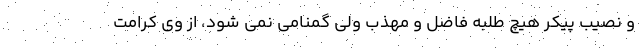
و نصیب پیکر هیچ طلبه فاضل و مهذب ولی گمنامی نمی شود، از وی کرامت